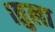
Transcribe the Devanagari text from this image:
।तुला